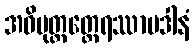
အဓိမုတ္တတ္ထေရဿာပဒါနံ